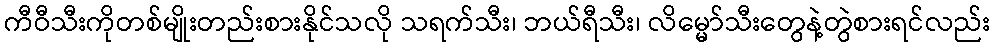
ကီဝီသီးကိုတစ်မျိုးတည်းစားနိုင်သလို သရက်သီး၊ ဘယ်ရီသီး၊ လိမ္မော်သီးတွေနဲ့တွဲစားရင်လည်း